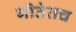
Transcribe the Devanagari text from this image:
गीतेतच